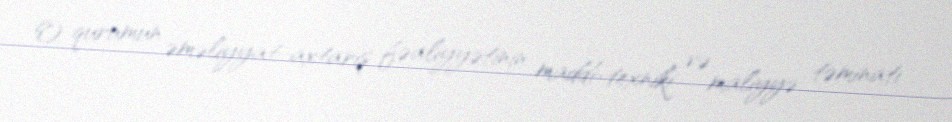
O, qurumun əməliyyat-axtarış fəaliyyətinin maddi-texniki və maliyyə təminatı